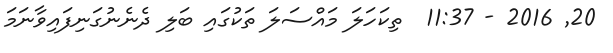
20